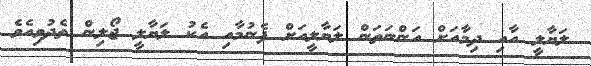
ލަޔާލީ އާއި ދިމާއަށް އަންނަތަން ލަޔާލީއަށް ފެނުމާއި އެކު ލަޔާލީ ޖޯލިން ތެދުވިއެވެ